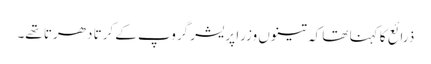
ذرائع کا کہنا تھا کہ تینوں وزرا پریشر گروپ کے کرتا دھرتا تھے۔